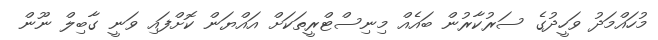
މުހައްމަދު ވަހީދުގެ ސަރުކާރުން ބައެއް މިނިސްޓްރީތަކަށް އައްޔަން ކޮށްފައި ވަނީ ގާބިލް ނޫން